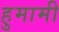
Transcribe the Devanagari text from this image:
हुमामी